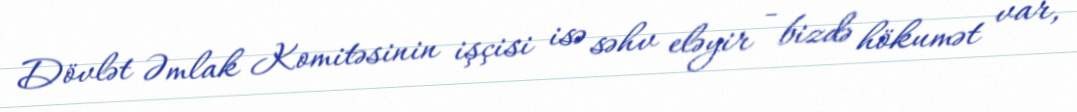
Dövlət Əmlak Komitəsinin işçisi isə səhv eləyir - bizdə hökumət var,